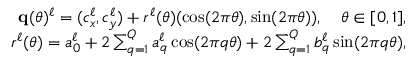
\begin{array} { r } { \mathbf q ( \theta ) ^ { \ell } = ( c _ { x } ^ { \ell } , c _ { y } ^ { \ell } ) + r ^ { \ell } ( \theta ) ( \cos ( 2 \pi \theta ) , \sin ( 2 \pi \theta ) ) , \quad \theta \in [ 0 , 1 ] , } \\ { r ^ { \ell } ( \theta ) = a _ { 0 } ^ { \ell } + 2 \sum _ { q = 1 } ^ { Q } a _ { q } ^ { \ell } \cos ( 2 \pi q \theta ) + 2 \sum _ { q = 1 } ^ { Q } b _ { q } ^ { \ell } \sin ( 2 \pi q \theta ) , } \end{array}